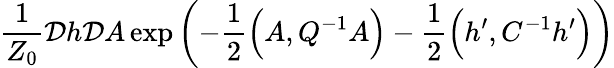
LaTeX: \frac{1}{Z_{0}}{\cal D}h{\cal D}A\exp\left(-\frac{1}{2}\Big(A,Q^{-1}A\Big)-\frac{1}{2}\Big(h^{\prime},C^{-1}h^{\prime}\Big)\right)